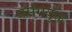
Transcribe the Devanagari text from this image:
प्रसंगयुक्त